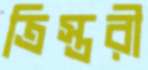
ত্রিস্তরী